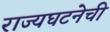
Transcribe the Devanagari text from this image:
राज्यघटनेची